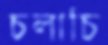
চলাচি